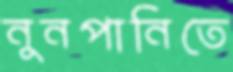
নুনপানিতে